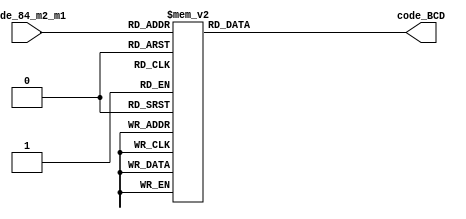
module prob_4_50_a(code_BCD, code_84_m2_m1);
    output reg [3:0] code_BCD;
    input [3:0] code_84_m2_m1;
    
    always @ (code_84_m2_m1)
    case (code_84_m2_m1)
        4'b0000: code_BCD = 4'b0000;    //0
        4'b0111: code_BCD = 4'b0001;    //1
        4'b0110: code_BCD = 4'b0010;    //2
        4'b0101: code_BCD = 4'b0011;    //3
        4'b0100: code_BCD = 4'b0100;    //4
        4'b1011: code_BCD = 4'b0101;    //5
        4'b1010: code_BCD = 4'b0110;    //6
        4'b1001: code_BCD = 4'b0111;    //7
        4'b1000: code_BCD = 4'b1000;    //8
        4'b1111: code_BCD = 4'b1001;    //9
        
        4'b0001: code_BCD = 4'b1010;    //10
        4'b0010: code_BCD = 4'b1011;    //11
        4'b0011: code_BCD = 4'b1100;    //12
        4'b1100: code_BCD = 4'b1101;    //13
        4'b1101: code_BCD = 4'b1110;    //14
        4'b1110: code_BCD = 4'b1111;    //15

        
    endcase
endmodule

module prob_4_50_a_tb;
    reg [3:0] in;
    wire [3:0] f;
    //Instantiate UUT
    prob_4_50_a UUT(f, in);

    //stimulus block
    initial
        begin
            in = 4'b0000;
            repeat(15) #10 in = in + 1'b1;
        end
    initial $monitor("input = %b, output = %b", in, f);
endmodule